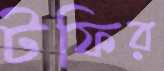
টফির